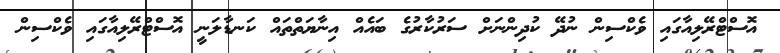
އޮސްޓްރޭލިއާގައި ވެކްސިން ނުދޭ ކުދިންނަށް ސަރުކާރުގެ ބައެއް އިނާޔަތްތައް ކަނޑާލަނީ އޮސްޓްރޭލިއާގައި ވެކްސިން